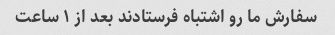
سفارش ما رو اشتباه فرستادند بعد از ١ ساعت